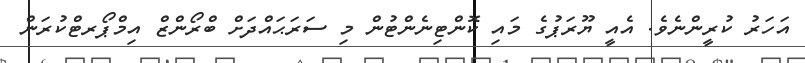
އަހަރު ކުރީންނެވެ. އެއީ ޔޫރަޕުގެ މައި ކޮންޓިނެންޓުން މި ސަރަޙައްދަށް ބްރޯންޒް އިމްޕޯރޓްކުރަން